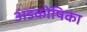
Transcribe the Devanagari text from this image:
अंडकोषिका